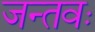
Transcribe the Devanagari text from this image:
जन्तवः